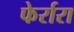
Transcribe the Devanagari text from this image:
फेर्रारा